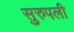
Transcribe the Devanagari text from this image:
सुरुपली